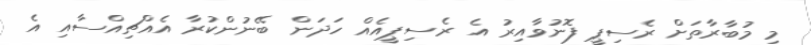
މި މުބާރާތަށް ރެސިޕީ ފޮނުވާއިރު އެ ރެސިޕީއެއް ހަދަން ބޭނުންކުރާ އެއްޗިއްސާއި އެ